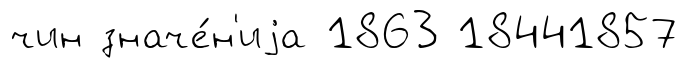
чин значе́н'иjа 1863 18441857